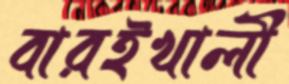
বারইখালী